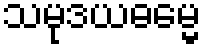
သမုဒယဓမ္မေ